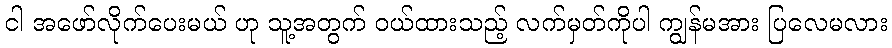
ငါ အဖော်လိုက်ပေးမယ် ဟု သူ့အတွက် ဝယ်ထားသည့် လက်မှတ်ကိုပါ ကျွန်မအား ပြလေမလား